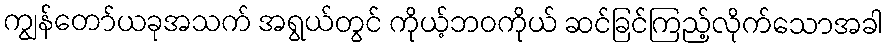
ကျွန်တော်ယခုအသက် အရွယ်တွင် ကိုယ့်ဘဝကိုယ် ဆင်ခြင်ကြည့်လိုက်သောအခါ